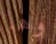
وها